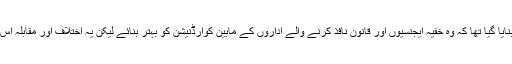
نیکٹا (NACTA) کا ادارہ اس خیال سے بنایا گیا تھا کہ وہ خفیہ ایجنسیوں اور قانون نافذ کرنے والے اداروں کے مابین کوآرڈنیشن کو بہتر بنائے لیکن یہ اختلاف اور مقابلہ اس قدر گہرا ہے کہ وہ ادارہ اٹھ ہی نہیں سکا۔